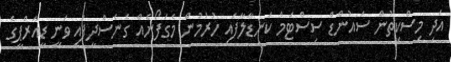
އަދި މިސްކިތުން ސައުންޑް ސިސްޓަމް ކަނޑާލާފައި ހުރުމުން މެގަފޯނެއް ގެނެސްދީފައި ވަނީ ޑީއާރްޕީގެ